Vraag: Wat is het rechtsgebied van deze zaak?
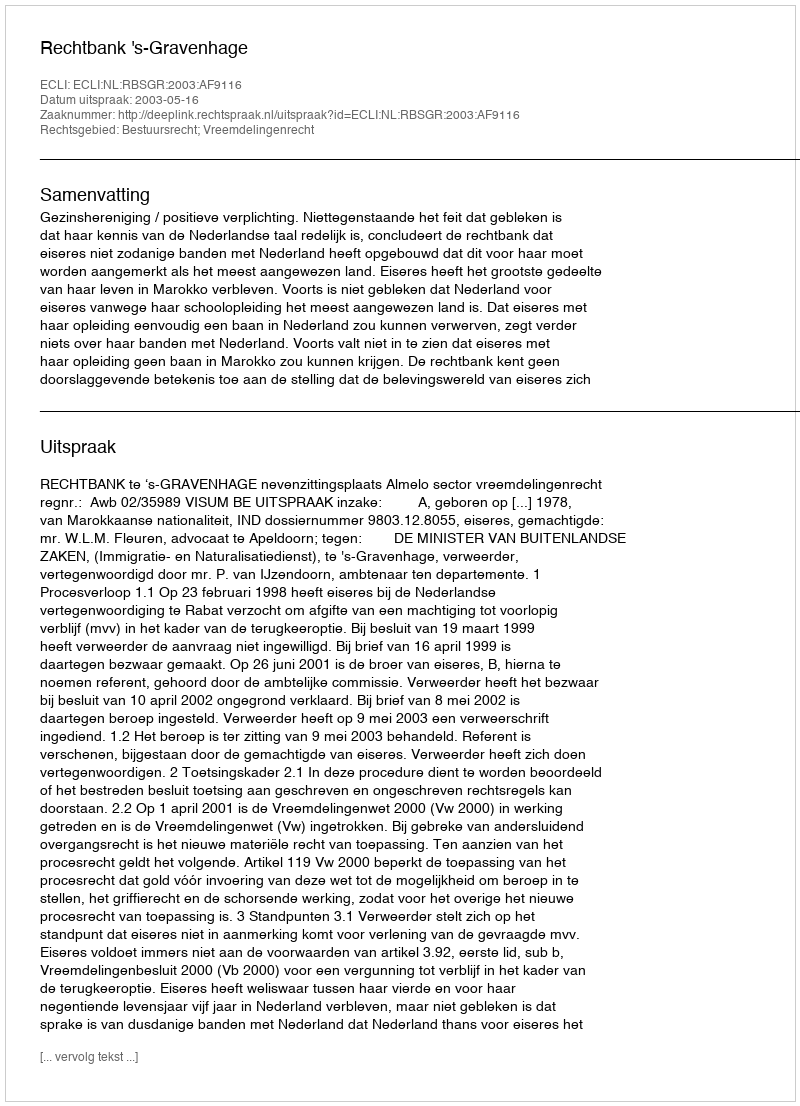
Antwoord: Bestuursrecht; Vreemdelingenrecht